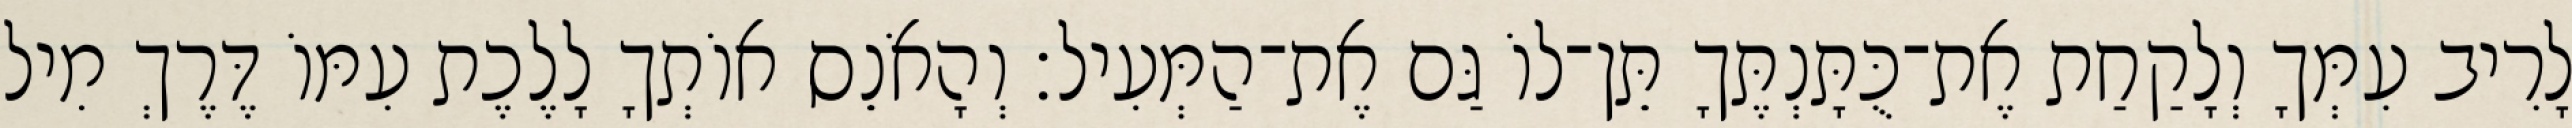
לָרִיב עִמְּךָ וְלָקַחַת אֶת־כֻּתָּנְתֶּךָ תֵּן־לוֹ גַּם אֶת־הַמְּעִיל׃ וְהָאֹנֵס אוֹתְךָ לָלֶכֶת עִמּוֹ דֶּרֶךְ מִיל